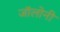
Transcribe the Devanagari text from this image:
जॉलोनी